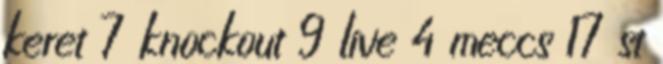
keret 7 knockout 9 live 4 meccs 17 st